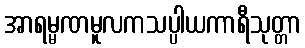
အာရမ္မဏမူလကသပ္ပါယကာရီသုတ္တာ